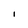
Character: I